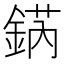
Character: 𨧨